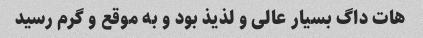
هات داگ بسیار عالی و لذیذ بود و به موقع و گرم رسید